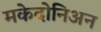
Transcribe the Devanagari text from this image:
मकेदोनिअन